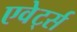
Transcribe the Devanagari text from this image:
एवेर्ट्स